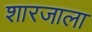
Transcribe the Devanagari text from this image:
शारजाला